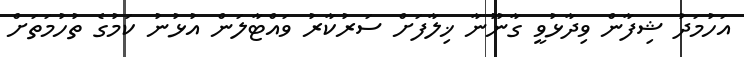
އަހުމަދު ޝިފާން ވިދާޅުވީ ގާނޫނާ ޚިލާފަށް ސަރުކާރު ވައްޓާލަން އުޅުނު ކަމުގެ ތުހުމަަތަށް